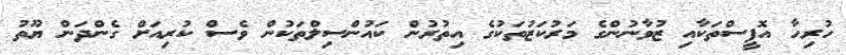
ހުރިހާ އޮފީސްތަކާއި ޒުވާނުންގެ މަރުކަޒުތަކުގެ އިތުރުން ކައުންސިލްތަކުން ވެސް ކުރިއަށް ގެންދަން ޔޫތު